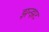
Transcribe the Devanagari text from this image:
झन्झट